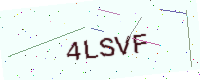
Text: 4LSVF